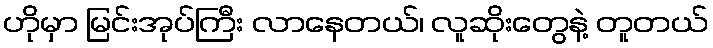
ဟိုမှာ မြင်းအုပ်ကြီး လာနေတယ်၊ လူဆိုးတွေနဲ့ တူတယ်